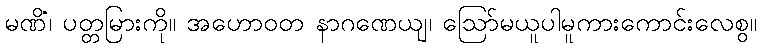
မဏိံ၊ ပတ္တမြားကို။ အဟောဝတ နာဂဏေယျ၊ ဩော်မယူပါမူကားကောင်းလေစွ။